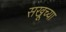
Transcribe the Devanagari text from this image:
सखूच्या